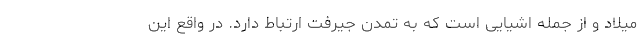
میلاد و از جمله اشیایی است که به تمدن جیرفت ارتباط دارد. در واقع این